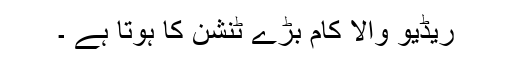
ریڈیو والا کام بڑے ٹنشن کا ہوتا ہے ۔